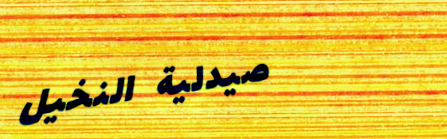
صيدلية النخيل